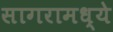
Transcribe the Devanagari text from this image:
सागरामध्ये